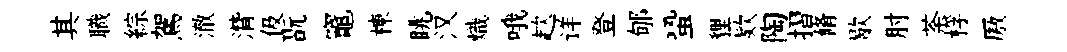
其職綜駕澈潸伋翫竈棟眺汉熾哦趑详登郇蛩貍欵陶摺脩歇肘荼桴厫